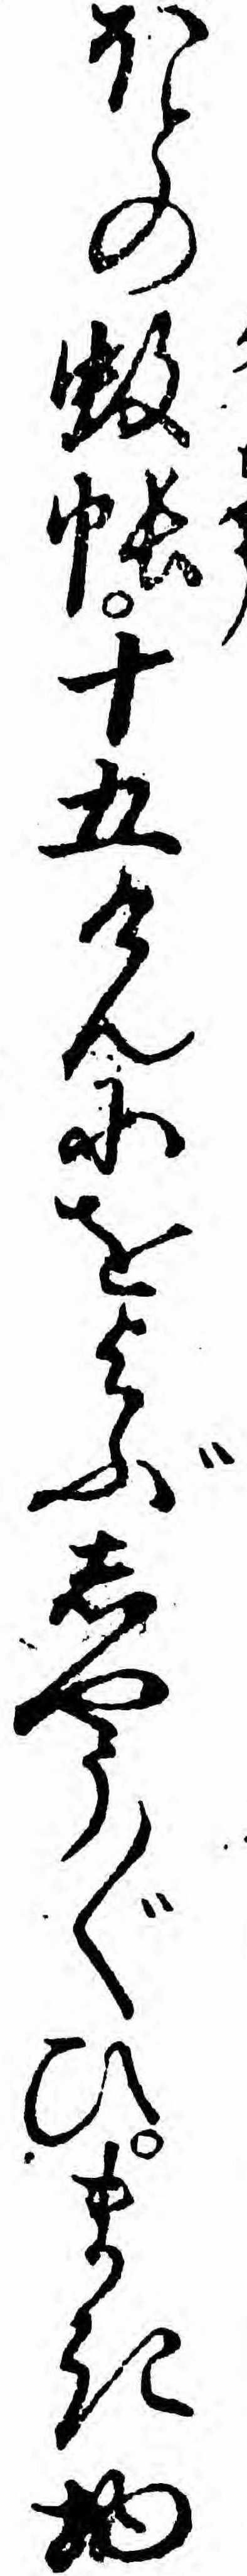
ほとの蚊帳十五けんにをよぶしやう〲ひまき物